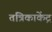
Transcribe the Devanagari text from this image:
तंत्रिकाकेंद्र